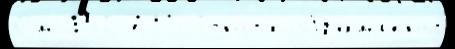
См 1567 Поч́тный обрамл'ены